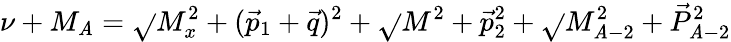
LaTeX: \nu+M_{\mathit{A}}=\sqrt{}{{M_{x}^{2}+(\vec{{p}}_{1}+\vec{{q}})^{2}}}+\sqrt{}{{M^{2}+\vec{{p}}_{2}^{2}}}+\sqrt{}{{M_{\mathit{A}-2}^{2}+\vec{{P}}_{\mathit{A}-2}^{2}}}